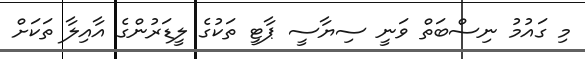
މި ގައުމު ނިސްބަތް ވަނީ ސިޔާސީ ޕާޓީ ތަކުގެ ލީޑަރުންގެ އާއިލާ ތަކަށް